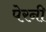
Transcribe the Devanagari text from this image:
पेरनी